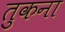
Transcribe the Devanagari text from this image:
तुकना